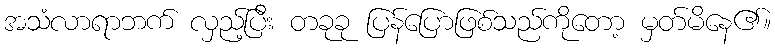
အသံလာရာဘက် လှည့်ပြီး တခုခု ပြန်ပြောဖြစ်သည်ကိုတော့ မှတ်မိနေ၏။